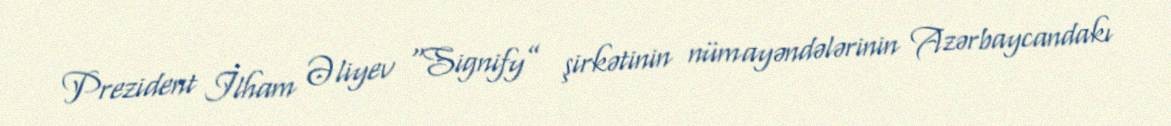
Prezident İlham Əliyev “Signify” şirkətinin nümayəndələrinin Azərbaycandakı